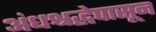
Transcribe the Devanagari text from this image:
अंधश्रद्धेपासून